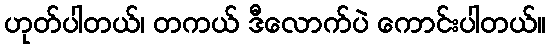
ဟုတ်ပါတယ်၊ တကယ် ဒီလောက်ပဲ ကောင်းပါတယ်။